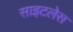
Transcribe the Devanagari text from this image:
साइटलेस